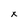
Character: x